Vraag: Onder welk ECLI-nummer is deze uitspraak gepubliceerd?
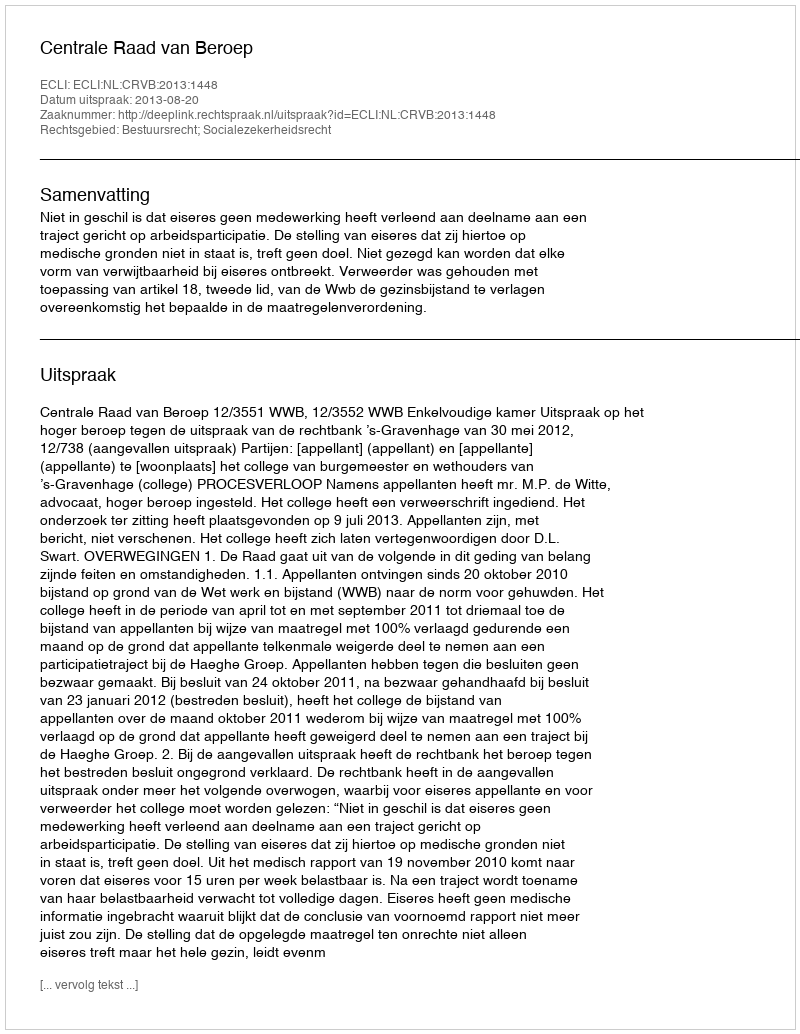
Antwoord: ECLI:NL:CRVB:2013:1448